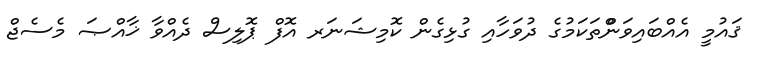
ޤައުމީ އެއްބައިވަންްތަކަމުގެ ދުވަހާއި ގުޅިގެން ކޮމިޝަނަރ އޮފް ޕޮލިސް ދެއްވާ ޚާއްޞަ މެސެޖް